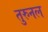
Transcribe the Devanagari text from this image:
तुरुनल